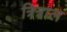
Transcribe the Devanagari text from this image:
त्रित्राल